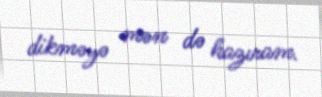
dikməyə mən də hazıram.